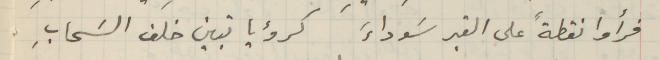
فرأوا نقطةً على القبر سَوداءَ كرؤيا تبين خلف السَحابِ